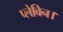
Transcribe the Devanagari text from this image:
प्लेविन।